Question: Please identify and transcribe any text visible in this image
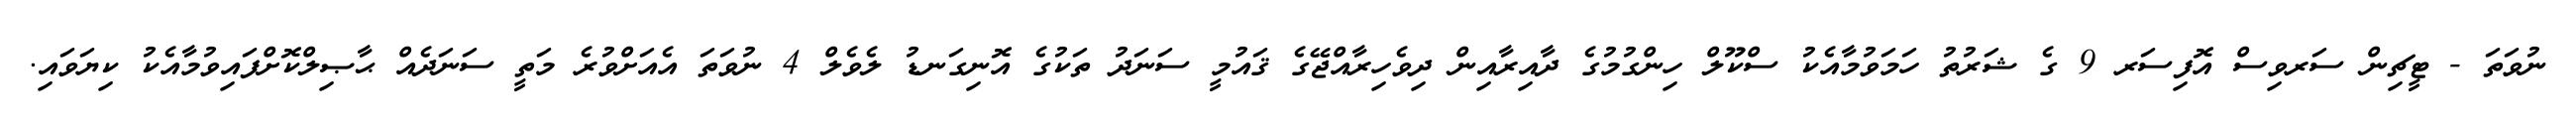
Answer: ނުވަތަ - ޓީޗިން ސަރވިސް އޮފިސަރ 9 ގެ ޝަރުތު ހަމަވުމާއެކު ސްކޫލް ހިންގުމުގެ ދާއިރާއިން ދިވެހިރާއްޖޭގެ ޤައުމީ ސަނަދު ތަކުގެ އޮނިގަނޑު ލެވެލް 4 ނުވަތަ އެއަށްވުރެ މަތީ ސަނަދެއް ޙާޞިލްކޮށްފައިވުމާއެކު ކިޔަވައި.